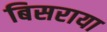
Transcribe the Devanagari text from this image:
बिसराया